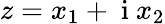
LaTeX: z=x_{1}+\mathrm{~i~}x_{2}